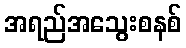
အရည်အသွေးစနစ်